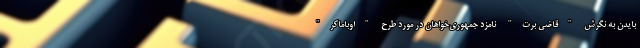
بایدن به نگرش "قاضی برت" نامزد جمهوری‌خواهان در مورد طرح "اوباماکر"